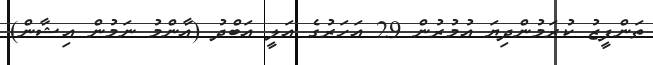
ތަންފީޒު ކުރަމުންދިޔަ އުމުރުން 29 އަހަރުގެ އަލީ އަބްދު (އާންމު ނަމުން އިޝާން)